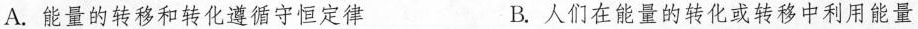
A. 能量的转移和转化遵循守恒定律 B. 人们在能量的转化或转移中利用能量